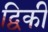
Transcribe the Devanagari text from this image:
द्विकी